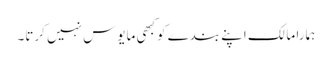
ہمارا مالک اپنے بندے کوکبھی مایوس نہیں کرتا۔